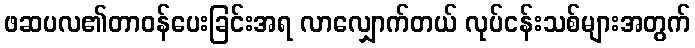
ဖဆပလ၏တာဝန်ပေးခြင်းအရ လာလျှောက်တယ် လုပ်ငန်းသစ်များအတွက်